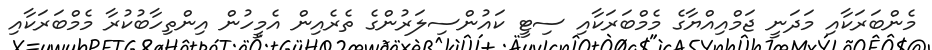
މެންބަރަކާއި މަދަނީ ޖަމްއިއްޔާގެ މެމްބަރަކާއި ސިޓީ ކައުންސިލަރުންގެ ތެރެއިން އެމީހުން އިންތިހާބުކުރާ މެމްބަރަކާއި